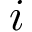
i